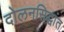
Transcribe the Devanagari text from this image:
दोलनसिद्धांत